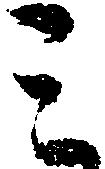
ミ